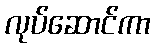
လုပ်ဆောင်ကာ